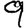
Digit: 9